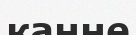
канне